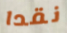
نقدا